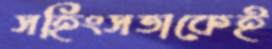
সহিংসতাকেই